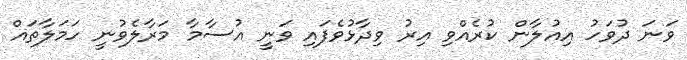
ވަނަ ދުވަހު އިއުލާން ކުރެއްވި އިރު ވިދާޅުވެފައި ވަނީ އުސާމާ މަރާލެވުނީ ހަމަލާތައް